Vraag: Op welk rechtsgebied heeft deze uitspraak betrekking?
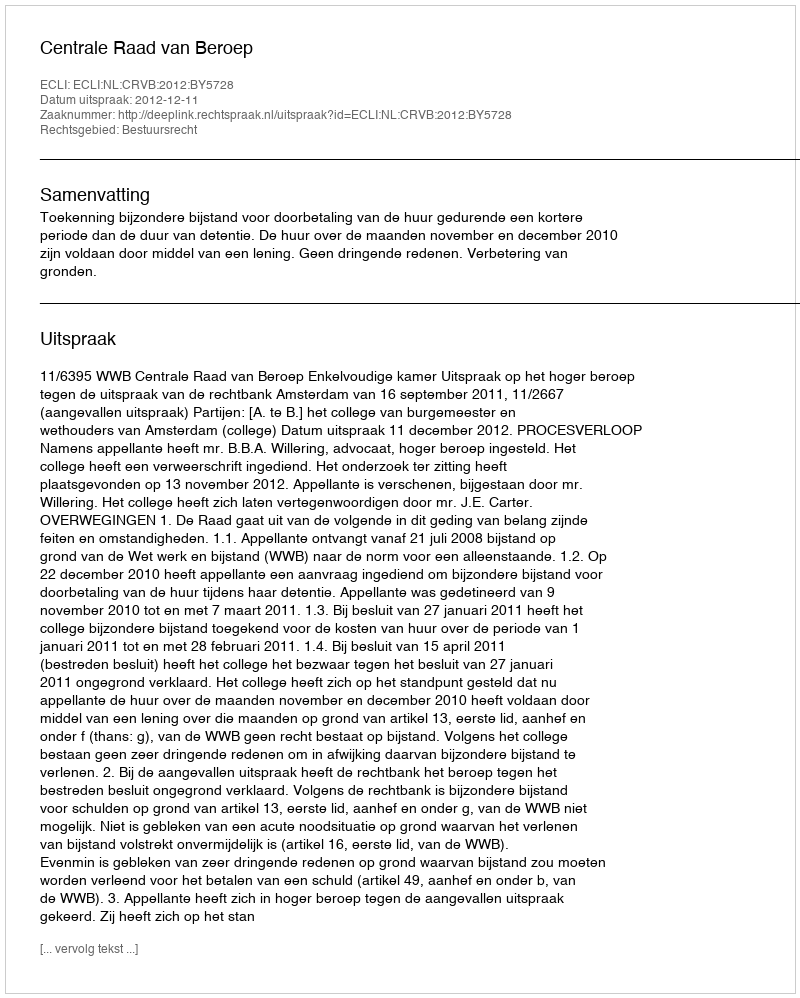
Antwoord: Bestuursrecht